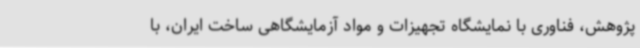
پژوهش، فناوری با نمایشگاه تجهیزات و مواد آزمایشگاهی ساخت ایران، با